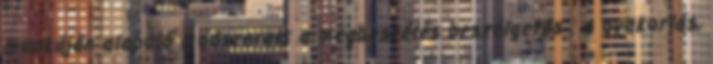
munkáján alapuló módszerek: a megbeszélés beszélgetés , a gyakorlás,